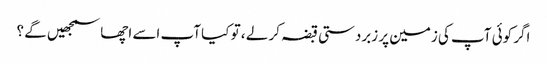
اگر کوئی آپ کی زمین پر زبردستی قبضہ کر لے ، تو کیا آپ اسے اچھا سمجھیں گے ؟